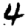
Digit: 4